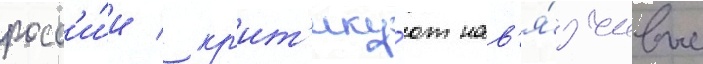
росс'и́и / кр'ит'ику́ют нав'я́зчивые